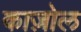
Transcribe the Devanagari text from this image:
काज़ोल